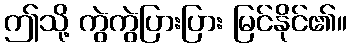
ဤသို့ ကွဲကွဲပြားပြား မြင်နိုင်၏။